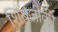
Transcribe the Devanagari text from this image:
शिवजीकी